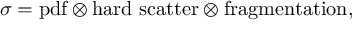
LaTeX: \sigma = \mathrm { p d f } \otimes \mathrm { h a r d ~ s c a t t e r } \otimes \mathrm { f r a g m e n t a t i o n } ,